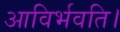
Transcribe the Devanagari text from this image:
आविर्भवति।